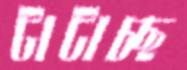
টাটাচ্ছ